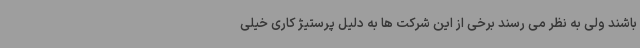
باشند ولی به نظر می رسند برخی از این شرکت ها به دلیل پرستیژ کاری خیلی